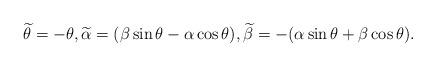
LaTeX: \begin{align*}\widetilde{\theta}=-\theta,\widetilde{\alpha}=(\beta\sin \theta-\alpha\cos \theta),\widetilde{\beta}=-(\alpha \sin \theta+\beta \cos \theta).\end{align*}